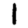
Digit: 1